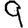
Digit: 9